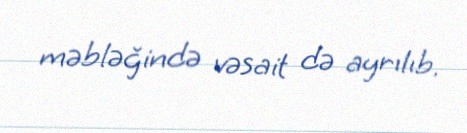
məbləğində vəsait də ayrılıb.